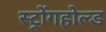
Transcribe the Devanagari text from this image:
स्ट्रोंगहोल्ड